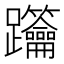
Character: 𨈋